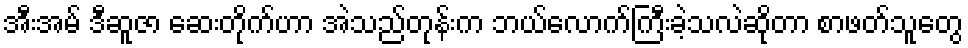
အီးအမ် ဒီဆူဇာ ဆေးတိုက်ဟာ အဲသည်တုန်းက ဘယ်လောက်ကြီးခဲ့သလဲဆိုတာ စာဖတ်သူတွေ